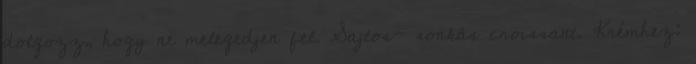
dolgozz, hogy ne melegedjen fel. Sajtos- sonkás croissant. Krémhez: